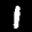
Label: 1